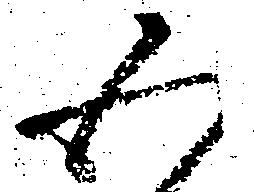
五